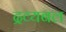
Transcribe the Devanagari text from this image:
द्रव्यबल